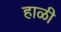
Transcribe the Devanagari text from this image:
हाळी